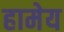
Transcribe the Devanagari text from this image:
हामेय